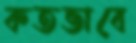
কতভাবে